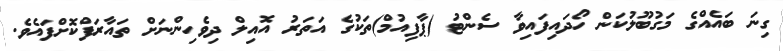
ގިނަ ބައެއްގެ މަގުބޫލުކަން ހޯދައިފައިވާ ސެންޓު (ޕާފިއުމް)ތަކުގެ އަތަރު އޮއިލް ދިވެހިންނަށް ތައާރަފްކޮށްފައެވެ.